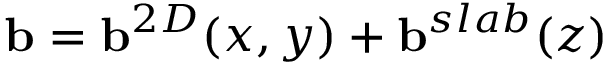
\mathbf { b } = \mathbf { b } ^ { 2 D } ( x , y ) + \mathbf { b } ^ { s l a b } ( z )